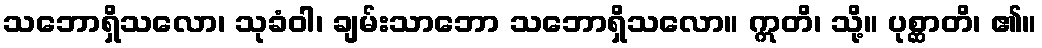
သဘောရှိသလော၊ သုခံဝါ၊ ချမ်းသာဘော သဘောရှိသလော။ ဣတိ၊ သို့။ ပုစ္ဆာတိ၊ ၏။